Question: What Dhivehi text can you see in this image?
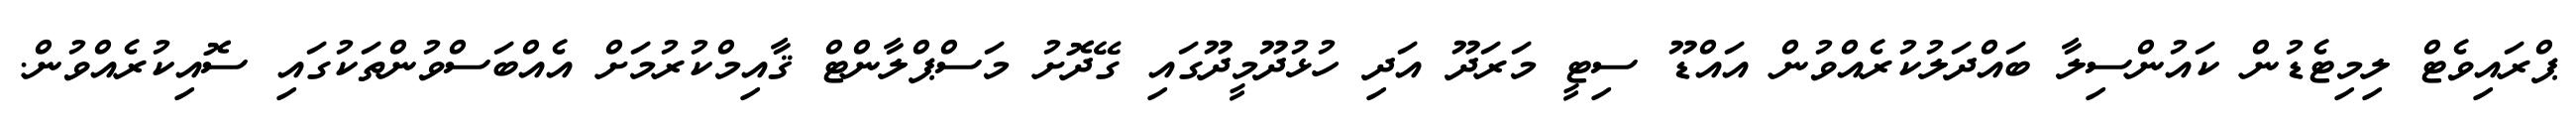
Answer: ޕްރައިވެޓް ލިމިޓެޑުން ކައުންސިލާ ބައްދަލުކުރެއްވުން އައްޑޫ ސިޓީ މަރަދޫ އަދި ހުޅުދޫމީދޫގައި ގޭދޮށު މަސްޕްލާންޓް ޤާއިމްކުރުމަށް އެއްބަސްވުންތަކުގައި ސޮއިކުރެއްވުން.